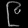
Digit: ၉